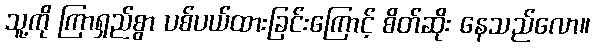
သူ့ကို ကြာရှည်စွာ ပစ်ပယ်ထားခြင်းကြောင့် စိတ်ဆိုး နေသည်လော။